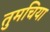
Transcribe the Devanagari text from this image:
तुमचिया